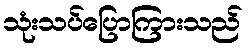
သုံးသပ်ပြောကြားသည်